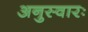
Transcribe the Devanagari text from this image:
अनुस्वारः